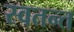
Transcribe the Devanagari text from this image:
स्वतन्त